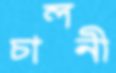
চালনী